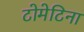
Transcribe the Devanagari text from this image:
टोमेटिना